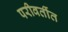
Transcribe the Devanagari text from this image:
परीवर्तीत